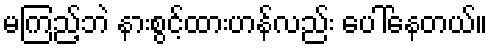
မကြည့်ဘဲ နားစွင့်ထားဟန်လည်း ပေါ်နေတယ်။